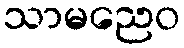
သာမညေဝ